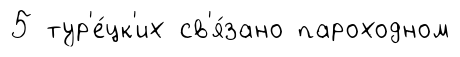
5 тур'е́цк'их св'я́зано пароходном